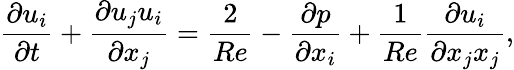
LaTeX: \frac{\partial u_{i}}{\partial t}+\frac{\partial u_{j}u_{i}}{\partial x_{j}}=\frac{2}{Re}-\frac{\partial p}{\partial x_{i}}+\frac{1}{Re}\frac{\partial u_{i}}{\partial x_{j}x_{j}},